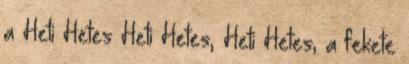
a Heti Hetes Heti Hetes, Heti Hetes, a fekete